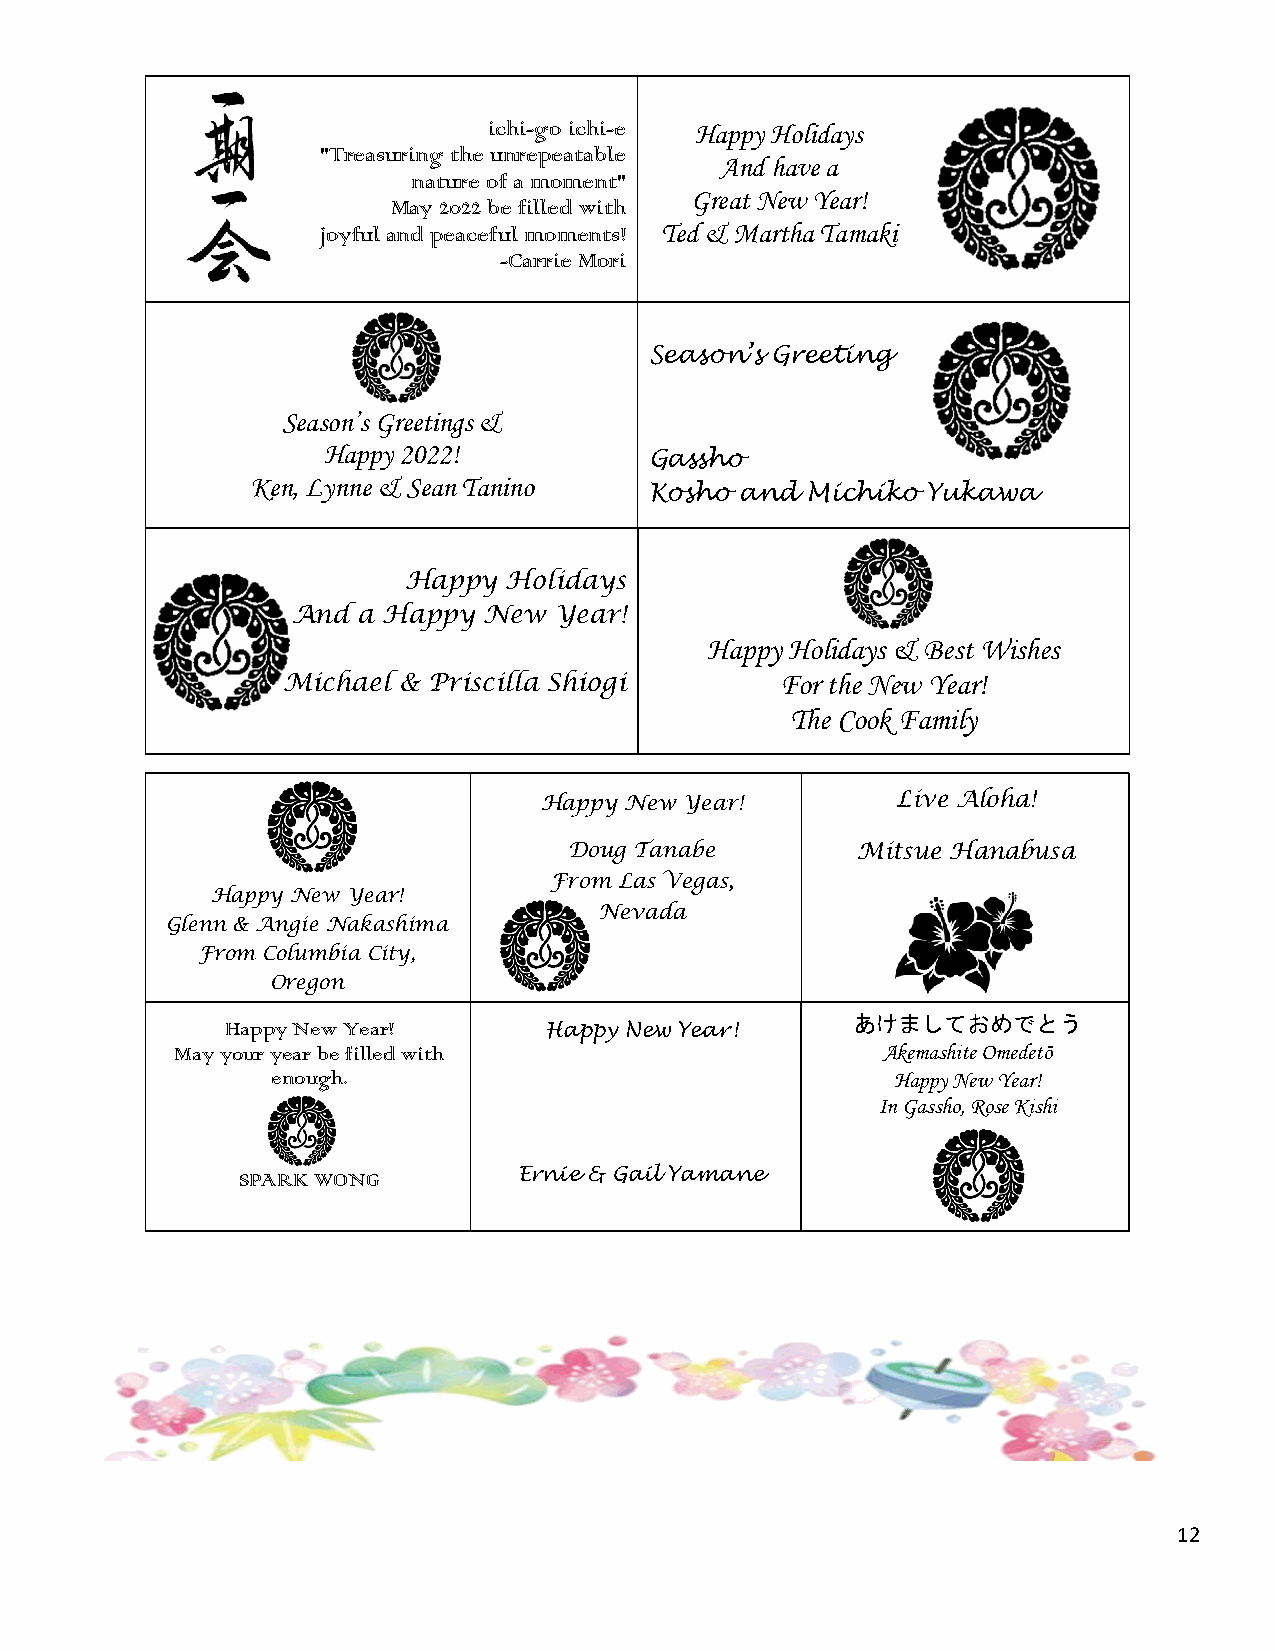
ichi-go ichi-e Happy Holidays
 "Treasuring the unrepeatable
 And have a
 nature of a moment"
 Great New Year!
 May 2022 be filled with
 joyful and peaceful moments! Ted & Martha Tamaki
 -Carrie Mori
 Season’s Greeting
 Season’s Greetings &
 Happy 2022!
 Gassho
 Ken, Lynne & Sean Tanino
 Kosho and Michiko Yukawa
 Happy  Holidays
 And  a Happy New  Year!
 Happy Holidays & Best Wishes
 Michael & Priscilla Shiogi       For the New Year!
 The Cook Family
 Happy New Year!        Live Aloha!
 Doug Tanabe        Mitsue Hanabusa
 From Las Vegas,
 Happy New Year!
 Nevada
 Glenn & Angie Nakashima
 From Columbia City,
 Oregon
 あけまして   おめでとう
 Happy New Year!      Happy New Year!
 May your year be filled with                  Akemashite Omedetō
 enough.                                  Happy New Year!
 In Gassho, Rose Kishi
 SPARK WONG        Ernie & Gail Yamane
 12